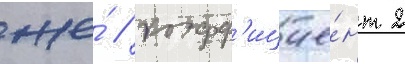
же́ / коэфф'ицие́нт 2